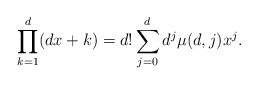
\begin{align*} \prod_{k=1}^{d}(dx+k)=d!\sum_{j=0}^d d^j \mu(d,j)x^j.\end{align*}